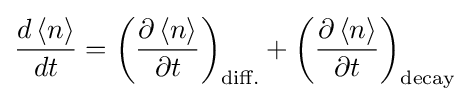
{\frac {d\left\langle n\right\rangle }{dt}}={\left({\frac {\partial \left\langle n\right\rangle }{\partial t}}\right)}_{\text{diff.}}+{\left({\frac {\partial \left\langle n\right\rangle }{\partial t}}\right)}_{\text{decay}}